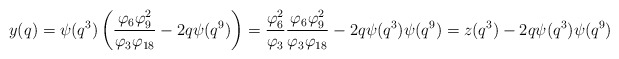
\begin{align*} y(q) = \psi(q^3)\left(\frac{\varphi_6\varphi_9^2}{\varphi_3\varphi_{18}}-2q\psi(q^9)\right) = \frac{\varphi_6^2}{\varphi_3}\frac{\varphi_6\varphi_9^2}{\varphi_3\varphi_{18}}-2q\psi(q^3)\psi(q^9) = z(q^3)-2q\psi(q^3)\psi(q^9)\end{align*}